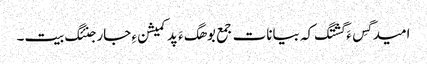
امید گِس ءَ گشتگ کہ بیانات جمع بوھگ ءَ پد کمیشن ءِ جار جنئگ بیت۔